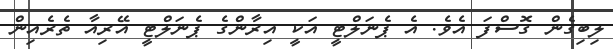
ލިބިގެން ގޮސްފަ އެވެ. އެ ޕެނަލްޓީ އަކީ އިރާންގެ ޕެނަލްޓީ އޭރިއާ ތެރެއިން